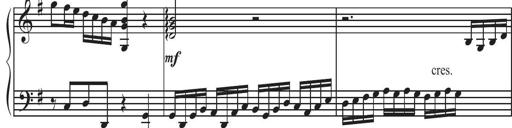
Title: Sonatina Espania
Composer: Jerald Franklin Archer
Key: Various